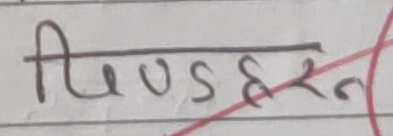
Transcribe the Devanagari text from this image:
तुरुस्तन